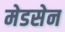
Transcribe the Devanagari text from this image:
मेडसेन